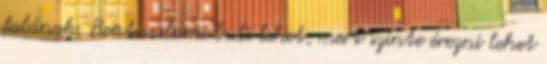
falának. Bent valami buli lehet, mert szinte érezni lehet